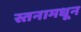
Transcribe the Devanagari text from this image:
स्तनामधून